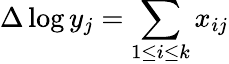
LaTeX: \Delta\log y_{j}=\sum_{1\leq i\leq k}x_{ij}